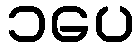
၁ပေ